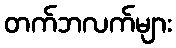
တက်ဘလက်များ